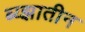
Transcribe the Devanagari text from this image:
ब्य्झातीन